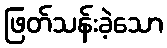
ဖြတ်သန်းခဲ့သော